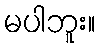
မပါဘူး။